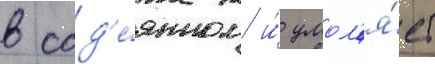
в сод'е́янном и́ умол'я́ет